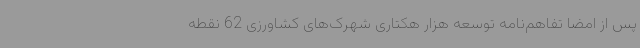
پس از امضا تفاهم‌نامه توسعه هزار هکتاری شهرک‌های کشاورزی 62 نقطه